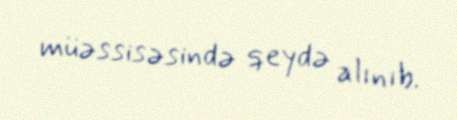
müəssisəsində qeydə alınıb.